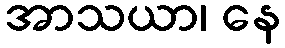
အာသယာ၊ နေ